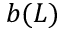
b ( L )